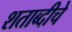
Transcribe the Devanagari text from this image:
शताब्दीचे